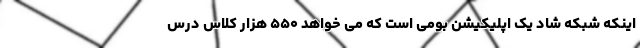
اینکه شبکه شاد یک اپلیکیشن بومی است که می خواهد ۵۵۰ هزار کلاس درس